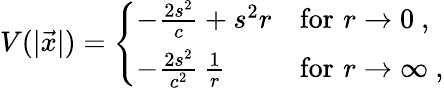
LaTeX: V(\vert\vec{x}\vert)=\left\{ \begin{array}{ll}{{-\frac{2s^{2}}{c}+s^{2}r}}&{{\mathrm{for}\, \, r\to 0~,}}\\ {{-\frac{2s^{2}}{c^{2}}\, \frac{1}{r}}}&{{\mathrm{for}\, \, r\to\infty~,}}\end{array}\right.